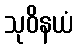
သုဝိနယံ